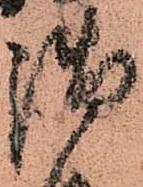
御